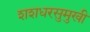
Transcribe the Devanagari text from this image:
शशधरसुमुखी